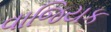
વાજિયક